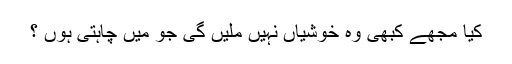
کیا مجھے کبھی وہ خوشیاں نہیں ملیں گی جو میں چاہتی ہوں ؟